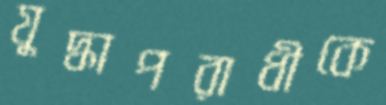
যুদ্ধাপরাধীকে